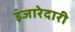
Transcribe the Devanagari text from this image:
इंजारेदारी